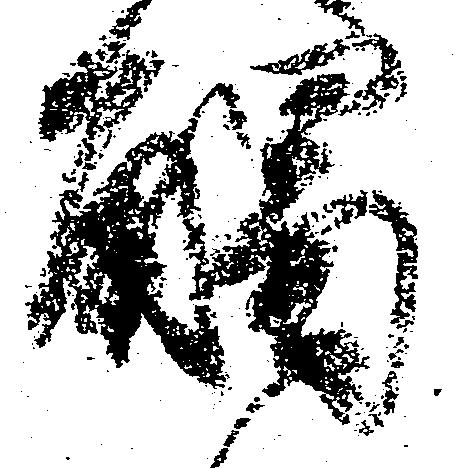
触